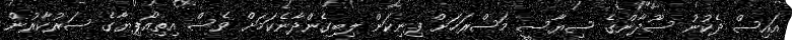
އައިސް ދެކުނު ސޫދާންގެ ސިޔާސީ މަސްރަހަށް ފިނިކަން ލިބިގެންދާނެކަމަށް ވެސް އިތިއޯޕިޔާގެ ސަރުކާރުން